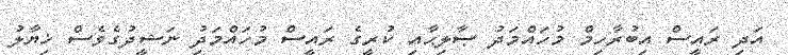
އަދި ރައީސް އިބުރާހިމް މުހައްމަދު ޞާލިޙާއި ކުރީގެ ރައީސް މުހައްމަދުި ނަޝީދުގެވެސް ޚިޔާލު